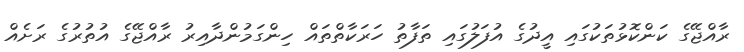
ރާއްޖޭގެ ކަންކޮޅުތަކުގައި އީދުގެ އުފަލުގައި ތަފާތު ހަރަކާތްތައް ހިންގަމުންދާއިރު ރާއްޖޭގެ އުތުރުގެ ރަށެއް